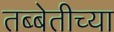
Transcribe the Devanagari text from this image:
तब्बेतीच्या